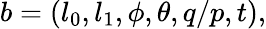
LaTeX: b=(l_{0},l_{1},\phi,\theta,q/p,t),